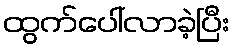
ထွက်ပေါ်လာခဲ့ပြီး